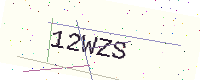
Text: 12WZS